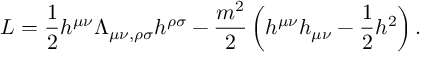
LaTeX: L = \frac { 1 } { 2 } h ^ { \mu \nu } \Lambda _ { \mu \nu , \rho \sigma } h ^ { \rho \sigma } - \frac { m ^ { 2 } } { 2 } \left( h ^ { \mu \nu } h _ { \mu \nu } - \frac { 1 } { 2 } h ^ { 2 } \right) .